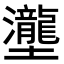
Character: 𡔆